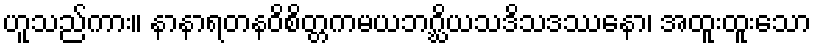
ဟူသည်ကား။ နာနာရတနဝိစိတ္တကမယဘဂ္ဃိယသဒိသဒဿနော၊ အထူးထူးသော